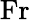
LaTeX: \mathrm{Fr}